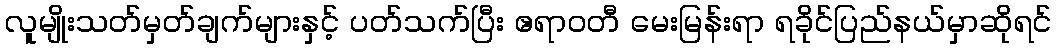
လူမျိုးသတ်မှတ်ချက်များနှင့် ပတ်သက်ပြီး ဧရာဝတီ မေးမြန်းရာ ရခိုင်ပြည်နယ်မှာဆိုရင်